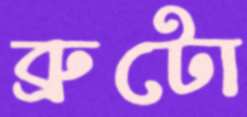
ব্রুটো